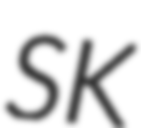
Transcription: SK